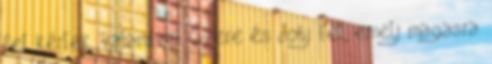
fel kérlek, valamivel Gyere és dobj fel, emelj magasra